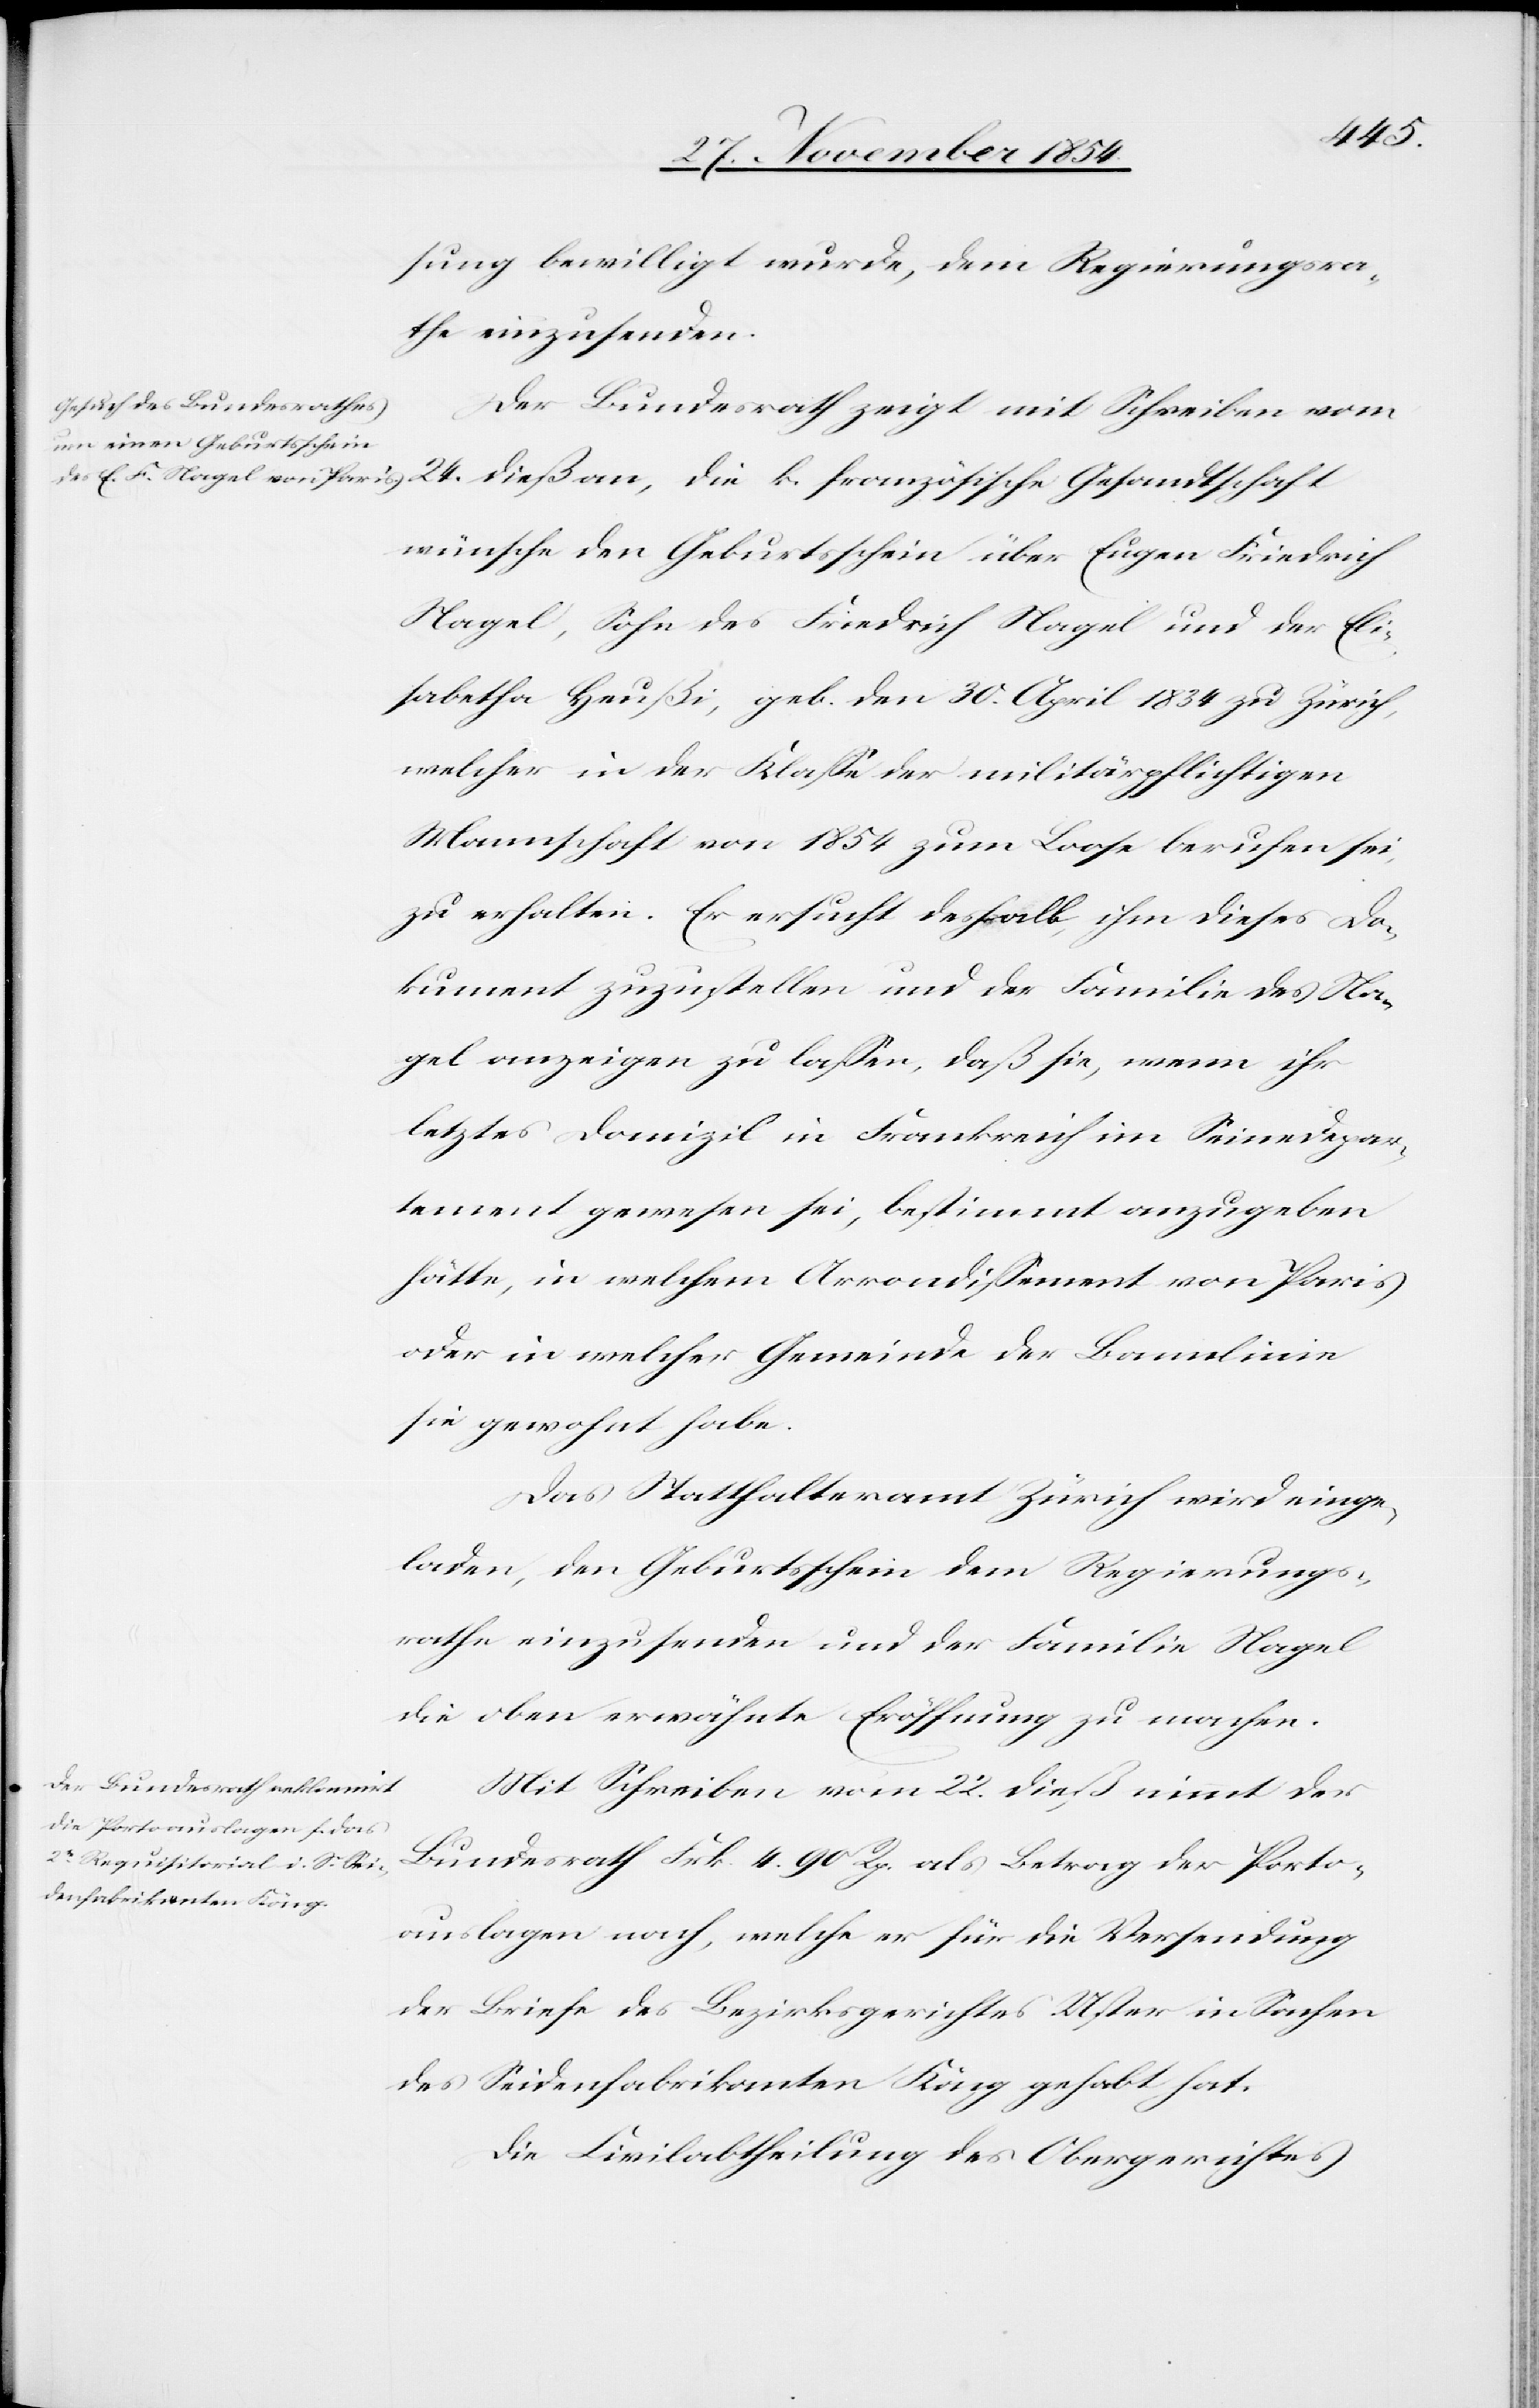
sung bewilligt wurde, dem Regierungsra¬
the einzusenden.
Der Bundesrath zeigt mit Schreiben vom
24. dieß an, die k. französische Gesandtschaft
wünsche den Geburtsschein über Eugen Friedrich
Nagel, Sohn des Friedrich Nagel und der Eli¬
sabetha Heußi, geb. den 30. April 1834 zu Zürich,
welcher in der Klaße der militärpflichtigen
Mannschaft von 1854 zum Loose berufen sei,
zu erhalten. Er ersucht deshalb, ihm dieses Do¬
kument zuzustellen und der Familie des Na¬
gel anzeigen zu laßen, daß sie, wenn ihr
letztes Domizil in Frankreich im Seinedepar¬
tement gewesen sei, bestimmt anzugeben
hätte, in welchem Arrondißement von Paris
oder in welcher Gemeinde der Bamelinie
sie gewohnt habe.
Das Statthalteramt Zürich wird einge¬
laden, den Geburtsschein dem Regierungs¬
rathe einzusenden und der Familie Nagel
die oben erwähnte Eröffnung zu machen.
Mit Schreiben vom 22. dieß nimmt der
Bundesrath Frk. 4. 90 Rp. als Betrag der Porto¬
auslagen nach, welche er für die Versendung
der Briefe des Bezirksgerichtes Uster in Sachen
des Seidenfabrikaten Köng gehabt hat.
Die Civilabtheilung des Obergerichtes